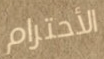
الأحترام